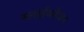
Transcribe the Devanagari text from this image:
ग्लाईकोजन